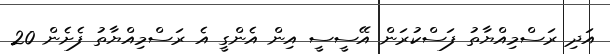
އަދި ރަސްމިއްޔާތު ފަސްކުރަން އޭސީސީ އިން އެންގީ އެ ރަސްމިއްޔާތު ފެށެން 20